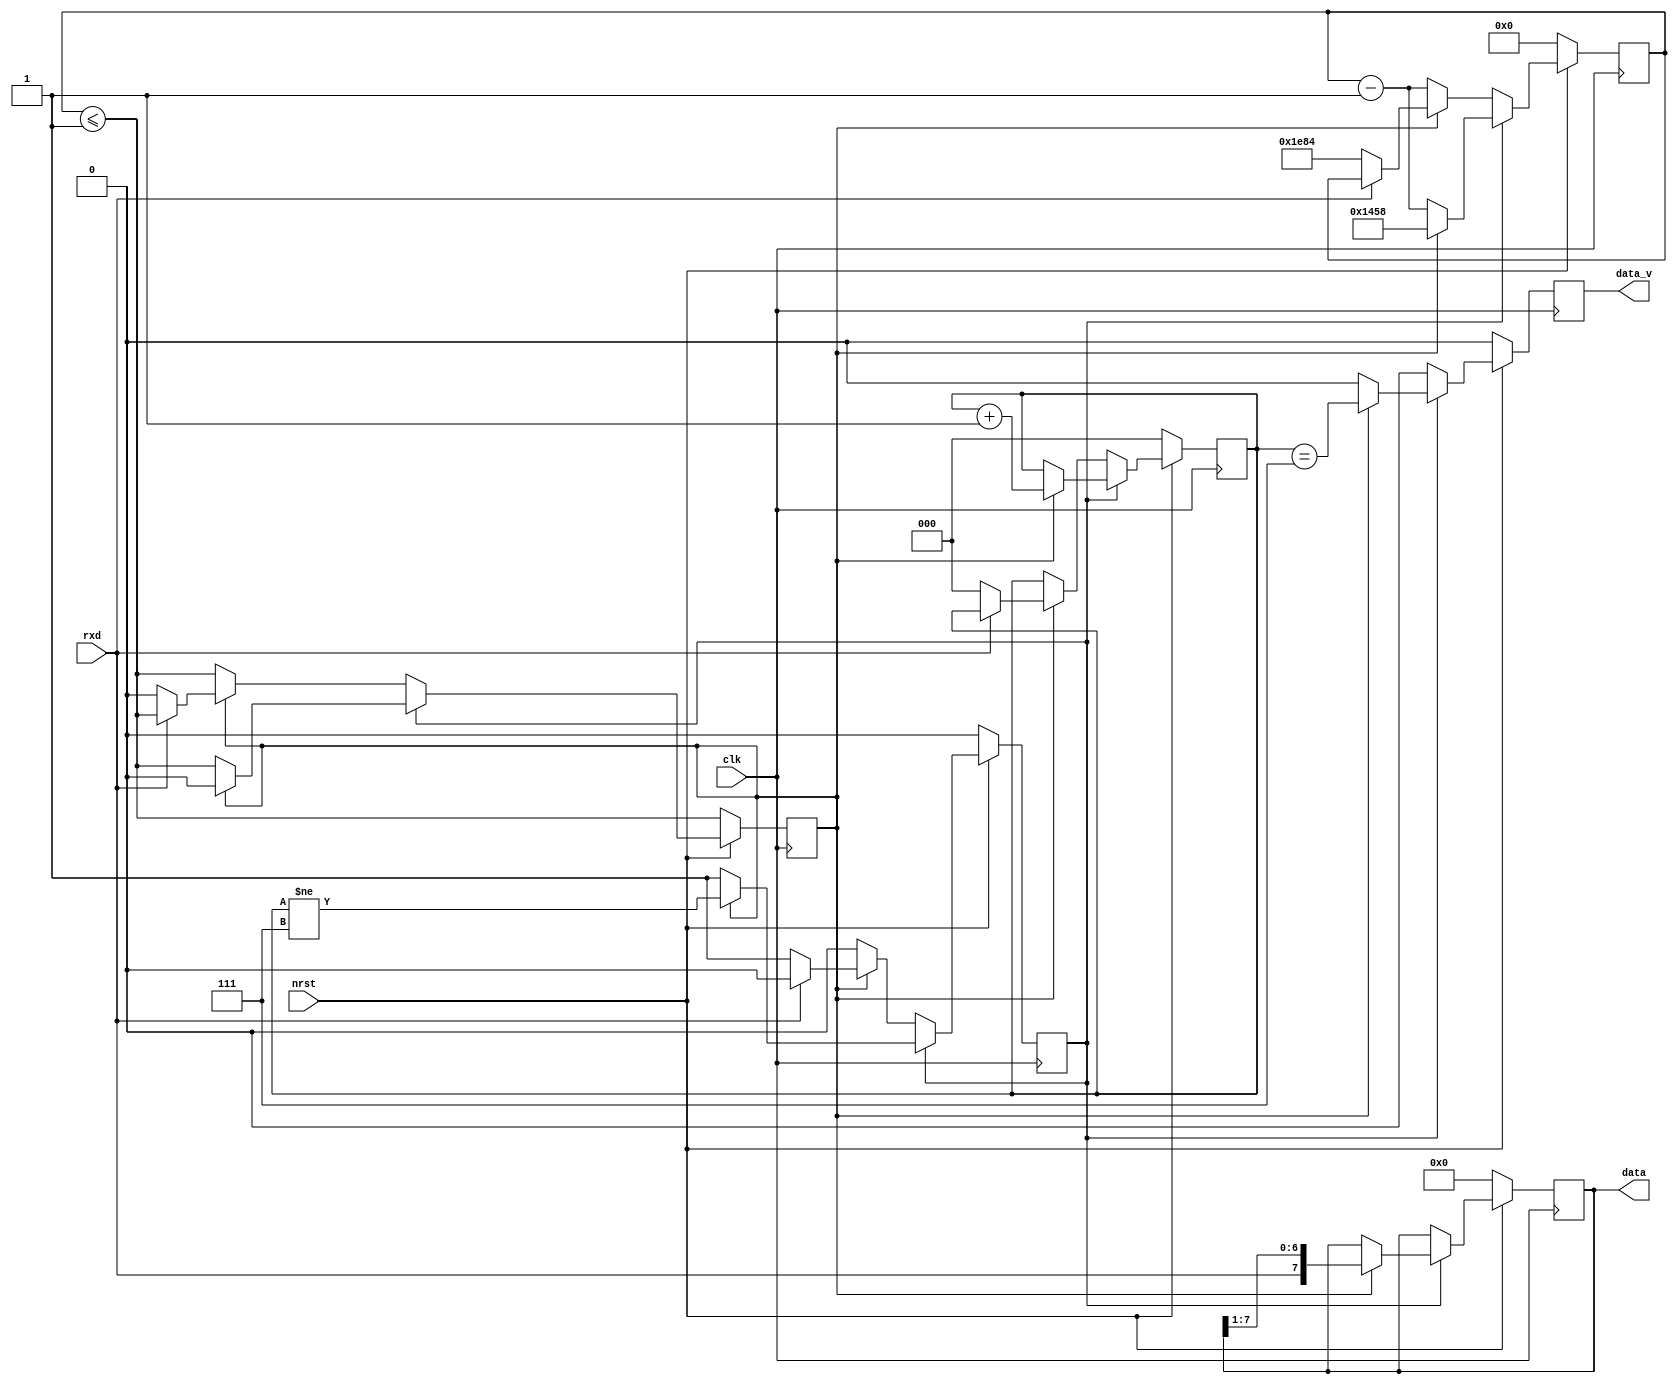
module uart_rx # (
	parameter CLK_FREQ = 50_000_000,
	parameter BAUD_RATE = 9_600
) (
	input wire clk,
	input wire nrst,
	input wire rxd,
	output reg [7:0] data,
	output reg data_v
);

localparam DATA_W = 8;
localparam N = CLK_FREQ / BAUD_RATE;
localparam N3_2 = (3 * CLK_FREQ) / 2 / BAUD_RATE;

reg state_input;	
reg [2:0] state; // clog(DATA_W-1) bits
reg [$clog2(N3_2)-1:0] cnt;
reg cnt_low;

always @(posedge clk) begin
	data_v <= 0;
	cnt_low <= (cnt <= 1);
	if (!nrst) begin
		state_input <= 0;
		state <= 0;
		cnt <= 0;
		data <= 0;
	end else if (!state_input) begin
		if (cnt_low) begin // wait after last bit
			if (rxd == 0) begin
				state_input <= 1;
				state <= 0; // not nessesary
				cnt <= N3_2;
				cnt_low <= 0;
			end
		end else begin
			cnt <= cnt - 1;
		end
	end else begin
		if (cnt_low) begin
			data <= {rxd, data[7:1]};
			state_input <= (state != DATA_W - 1);
			state <= state + 1;
			cnt <= N;
			cnt_low <= 0;
			data_v <= (state == DATA_W - 1);
		end else begin
			cnt <= cnt - 1;
		end
	end
end

endmodule // uart_rx